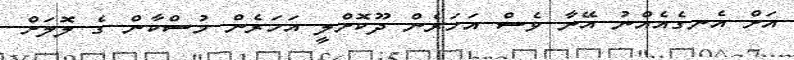
އަށް އެނގެއެއްނު އޭނާ ވެސް އަހަރެން ދޫކޮށްލީ އަހަރެން މުސްކާން ގެ ލޮލަށް